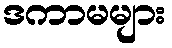
ဒကာမများ